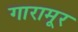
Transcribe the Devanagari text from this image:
गारामूर